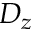
D _ { z }